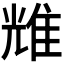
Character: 𬯬